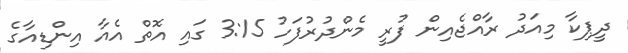
ދީޕިކާ މިއަދު ރާއްޖެއިން ފުރީ މެންދުރުފަހު 3:15 ގައި އޮތް އެއާ އިންޑިއާގެ